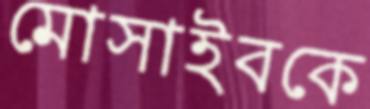
মোসাইবকে